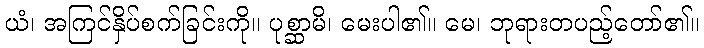
ယံ၊ အကြင်နှိပ်စက်ခြင်းကို။ ပုစ္ဆာမိ၊ မေးပါ၏။ မေ၊ ဘုရားတပည့်တော်၏။